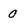
Character: 0